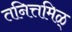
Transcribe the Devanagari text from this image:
तनित्तमिळ्